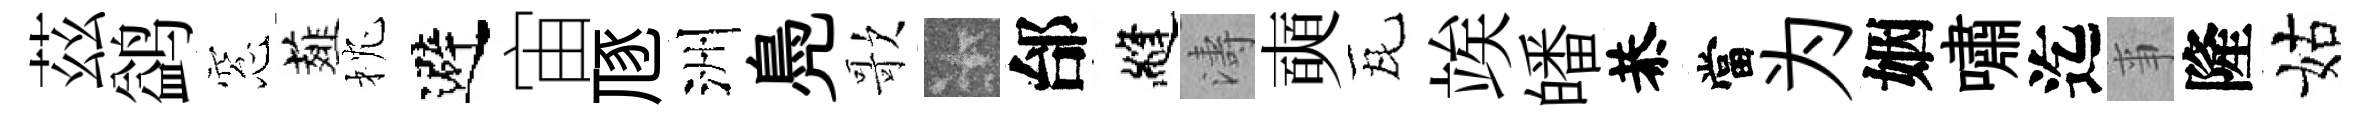
茲鹢窓薤枕避宙豗洲鳧歌卡邰縫濤奭瓦竢皤恭當为姻嘯迄亊隆姑